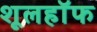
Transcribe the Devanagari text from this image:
शूलहॉफ